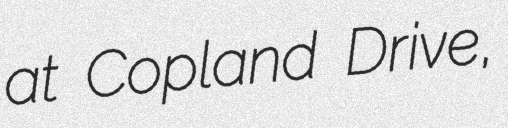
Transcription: at Copland Drive,